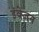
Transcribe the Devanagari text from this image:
इंवेजन